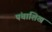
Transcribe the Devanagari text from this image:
पंचाशिख